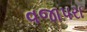
વજાપરા